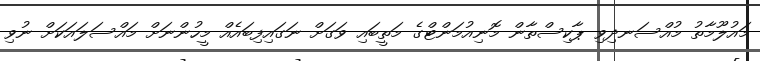
މައުލޫމާތު މުއްސަނދިވި ޕާކިސްތާން މޮނިއުމަންޓްގެ މަތީބައި ވަގަށް ނަގައިފިބައެއް މީހުންނަށް މައްސަލައަކަށް ނުވި